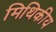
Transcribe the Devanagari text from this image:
मिथिकीय